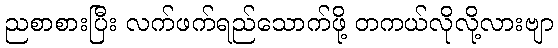
ညစာစားပြီး လက်ဖက်ရည်သောက်ဖို့ တကယ်လိုလို့လားဗျာ